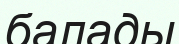
балады